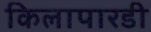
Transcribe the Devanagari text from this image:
किलापारडी